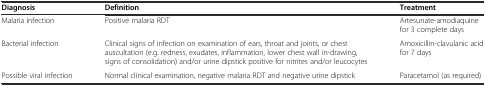
<table><thead><tr><td><b>Diagnosis</b></td><td><b>Definition</b></td><td><b>Treatment</b></td></tr></thead><tbody><tr><td>Malaria infection</td><td>Positive malaria RDT</td><td>Artesunate-amodiaquine for 3 complete days</td></tr><tr><td>Bacterial infection</td><td>Clinical signs of infection on examination of ears, throat and joints, or chest auscultation (e.g. redness, exudates, inflammation, lower chest wall in-drawing, signs of consolidation) and/or urine dipstick positive for nitrites and/or leucocytes</td><td>Amoxicillin-clavulanic acid for 7 days</td></tr><tr><td>Possible viral infection</td><td>Normal clinical examination, negative malaria RDT and negative urine dipstick</td><td>Paracetamol (as required)</td></tr></tbody></table>